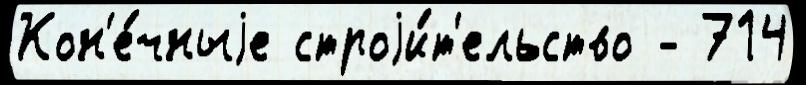
Кон'е́чныjе строjи́т'ельство - 714